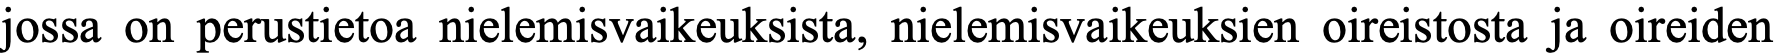
jossa on perustietoa nielemisvaikeuksista, nielemisvaikeuksien oireistosta ja oireiden